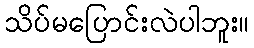
သိပ်မပြောင်းလဲပါဘူး။